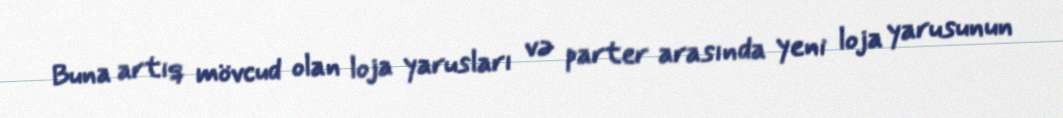
Buna artıq mövcud olan loja yarusları və parter arasında yeni loja yarusunun